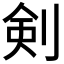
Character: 剣